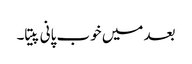
بعد میں خوب پانی پیتا۔